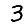
Digit: 3